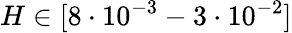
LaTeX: H\in[8\cdot 10^{-3}-3\cdot 10^{-2}]